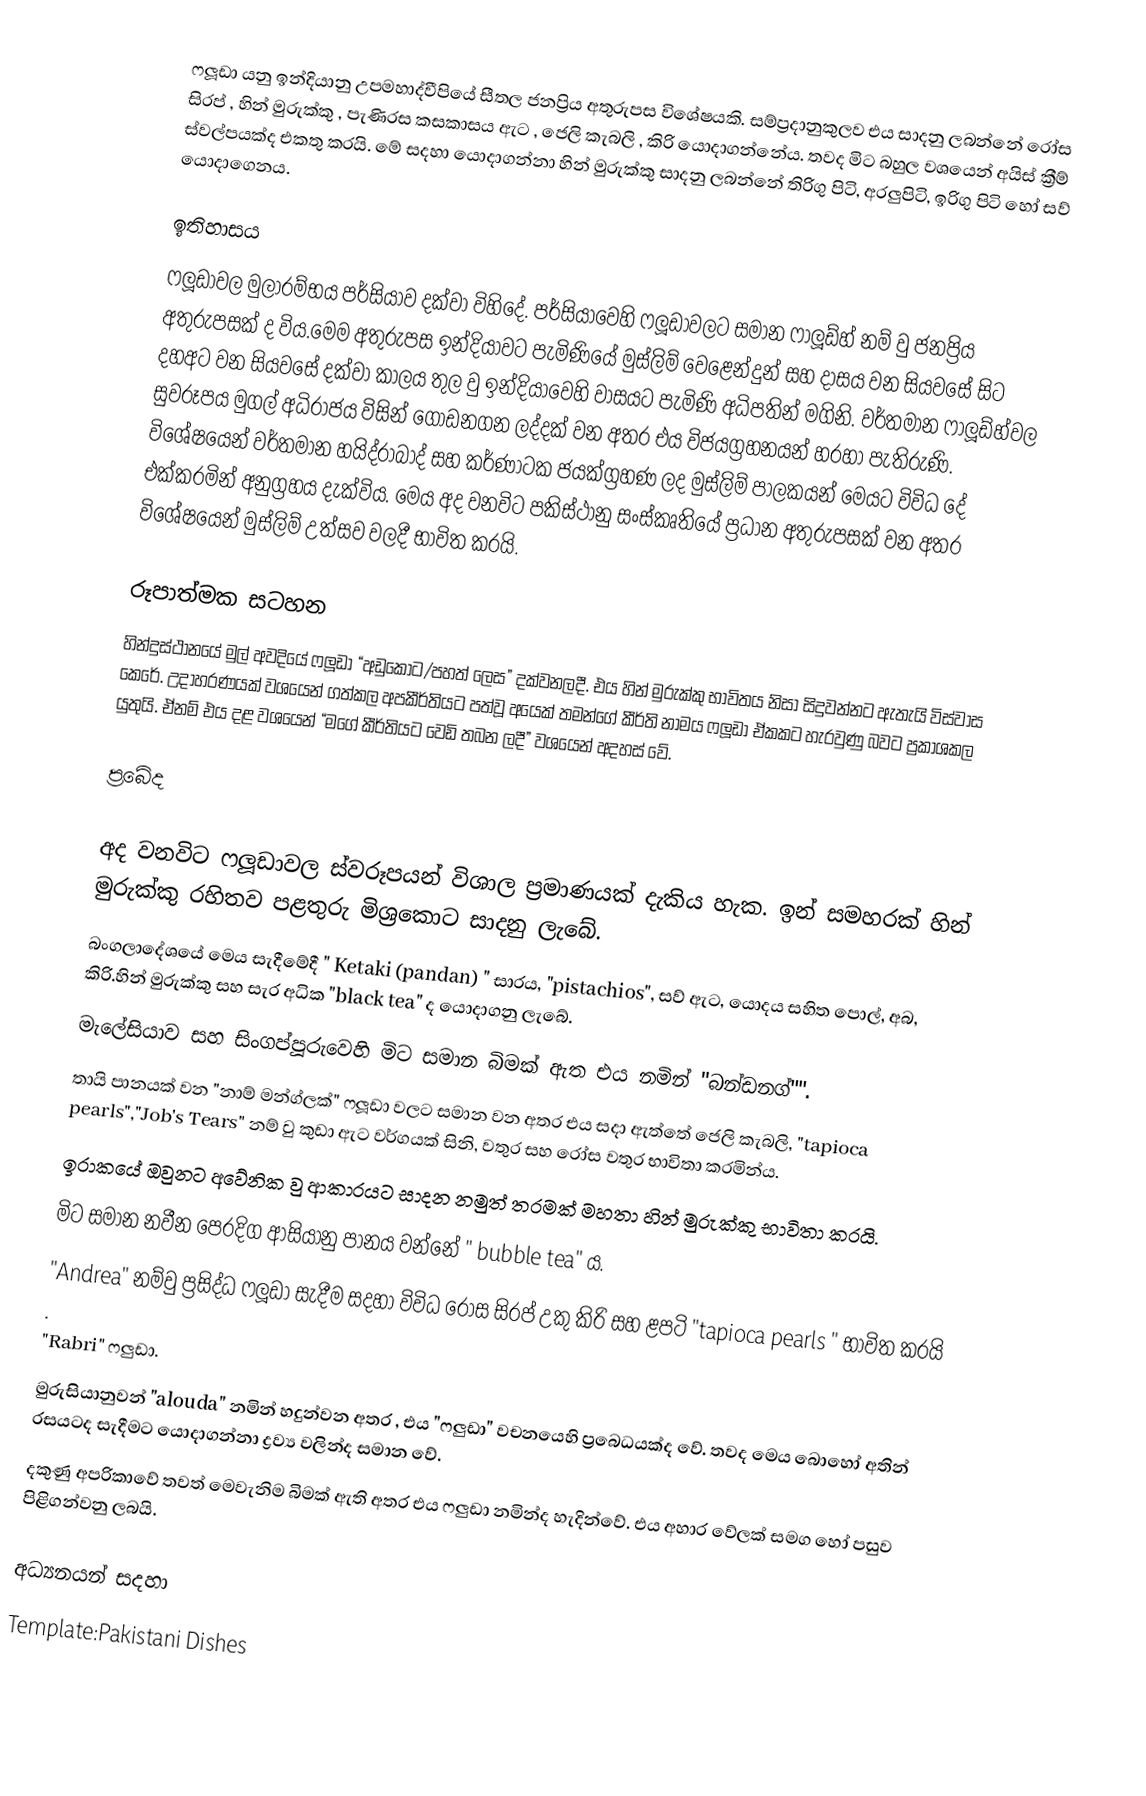
ෆලූඩා යනු ඉන්දියානු උපමහාද්වීපියේ සීතල ජනප්‍රිය අතුරුපස විශේෂයකි.  සම්ප්‍රදානුකුලව එය සාදනු ලබන්නේ රෝස සිරප් , හින් මුරුක්කු , පැණිරස කසකාසය ඇට , ජෙලි කැබලි , කිරි  යොදාගන්නේය. තවද මිට බහුල වශයෙන් අයිස් ක්‍රීම් ස්වල්පයක්ද එකතු කරයි. මේ සදහා යොදාගන්නා හින් මුරුක්කු සාදනු ලබන්නේ තිරිගු පිටි, අරලුපිටි, ඉරිගු පිටි හෝ සව් යොදාගෙනය.

ඉතිහාසය
ෆලූඩාවල මුලාරම්භය පර්සියාව දක්වා විහිදේ. පර්සියාවෙහි ෆලූඩාවලට සමාන ෆාලූඩ්හ් නම් වු ජනප්‍රිය අතුරුපසක් ද විය.මෙම අතුරුපස ඉන්දියාවට පැමිණියේ මුස්ලිම් වෙළෙන්දුන් සහ දාසය වන සියවසේ සිට දහඅට වන සියවසේ දක්වා කාලය තුල වු ඉන්දියාවෙහි වාසයට පැමිණි අධිපතින් මගිනි. වර්තමාන ෆාලූඩ්හ්වල සුවරූපය මුගල් අධිරාජය විසින් ගොඩනගන ලද්දක් වන අතර එය විජයග්‍රහනයන් හරහා පැතිරුණි. විශේෂයෙන් වර්තමාන හයිද්රාබාද් සහ කර්ණාටක ජයක්ග්‍රහණ ලද මුස්ලිම් පාලකයන් මෙයට විවිධ දේ එක්කරමින් අනුග්‍රහය දැක්විය. මෙය අද වනවිට පකිස්ථානු සංස්කෘතියේ ප්‍රධාන අතුරුපසක් වන අතර විශේෂයෙන් මුස්ලිම් උත්සව වලදී භාවිත කරයි.

රූපාත්මක සටහන
හින්දුස්ථානයේ මුල් අවදියේ ෆලූඩා “අඩුකොට/පහත් ලෙස” දක්වනලදී. එය හින් මුරුක්කු භාවිතය නිසා සිදුවන්නට ඇතැයි විස්වාස කෙරේ. උදාහරණයක් වශයෙන් ගත්කල අපකීර්තියට පත්වූ අයෙක් තමන්ගේ කීර්ති නාමය ෆලූඩා ඒකකට හැරවුණු බවට ප්‍රකාශකල යුතුයි. ඒනම් එය දළ වශයෙන්  “මගේ කීර්තියට වෙඩි තබන ලදී” වශයෙන් අදහස් වේ.

ප්‍රබේද

අද වනවිට ෆලූඩාවල ස්වරූපයන් විශාල ප්‍රමාණයක් දැකිය හැක.  ඉන් සමහරක් හින් මුරුක්කු රහිතව පළතුරු මිශ්‍රකොට සාදනු ලැබේ.
 බංගලාදේශයේ මෙය සැදීමේදී " Ketaki (pandan) " සාරය, "pistachios", සව් ඇට, යොදය සහිත පොල්, අබ, කිරි.හින් මුරුක්කු සහ සැර අධික "black tea" ද යොදාගනු ලැබේ.
 මැලේසියාව සහ සිංගප්පූරුවෙහි මිට සමාන බිමක් ඇත එය නමින් "බන්ඩනග්"".
 තායි පානයක් වන "නාම් මන්ග්ලක්" ෆලූඩා වලට සමාන වන අතර එය සදා ඇත්තේ ජෙලි කැබලි, "tapioca pearls","Job's Tears" නම් වු කුඩා ඇට වර්ගයක් සිනි, වතුර සහ රෝස වතුර භාවිතා කරමින්ය.
 ඉරාකයේ ඔවුනට අවේනික වු ආකාරයට සාදන නමුත් තරමක් මහතා හින් මුරුක්කු භාවිතා කරයි.
 මිට සමාන නවීන පෙරදිග ආසියානු පානය වන්නේ " bubble tea" ය.
 "Andrea" නම්වු ප්‍රසිද්ධ ෆලූඩා සැදීම සදහා විවිධ රෝස සිරප් උකු කිරි සහ ළපටි "tapioca pearls " භාවිත කරයි .
 "Rabri" ෆලුඩා.
 මුරුසියානුවන් "alouda" නමින් හදුන්වන අතර , එය "ෆලුඩා" වචනයෙහි ප්‍රබෙධයක්ද වේ. තවද මෙය බොහෝ අතින් රසයටද සැදීමට යොදාගන්නා ද්‍රව්‍ය වලින්ද සමාන වේ. 
 දකුණු අප‍්‍රිකාවේ තවත් මෙවැනිම බිමක් ඇති අතර එය ෆලුඩා නමින්ද හැදින්වේ. එය අහාර වේලක් සමග හෝ පසුව පිළිගන්වනු ලබයි.

අධ්‍යනයන් සදහා
Template:Pakistani Dishes